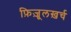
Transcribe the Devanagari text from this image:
फ़िज़ूलख़र्च